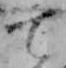
て